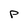
Character: P